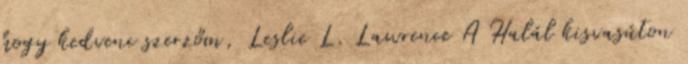
hogy kedvenc szerzőm, Leslie L. Lawrence A Halál kisvasúton